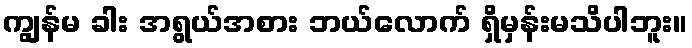
ကျွန်မ ခါး အရွယ်အစား ဘယ်လောက် ရှိမှန်းမသိပါဘူး။